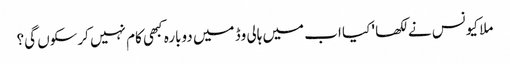
ملا کیونس نے لکھا ' کیا اب میں ہالی وڈ میں دوبارہ کبھی کام نہیں کرسکوں گی؟